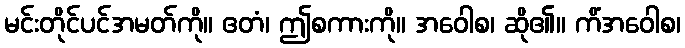
မင်းတိုင်ပင်အမတ်ကို။ ဧတံ၊ ဤစကားကို။ အဝေါစ၊ ဆို၏။ ကိံအဝေါစ၊